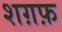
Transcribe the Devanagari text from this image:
शग़फ़